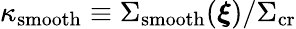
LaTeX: \kappa_{\mathrm{smooth}}\equiv\Sigma_{\mathrm{smooth}}(\boldsymbol{\xi})/\Sigma_{\mathrm{cr}}